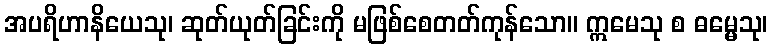
အပရိဟာနိယေသု၊ ဆုတ်ယုတ်ခြင်းကို မဖြစ်စေတတ်ကုန်သော။ ဣမေသု စ ဓမ္မေသု၊